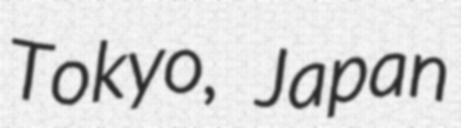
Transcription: Tokyo, Japan